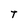
Character: T